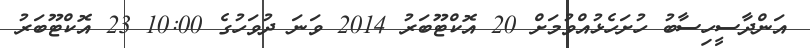
އަންދާސީހިސާބު ހުށަހެޅުއްވުމަށް 20 އޮކްޓޫބަރު 2014 ވަނަ ދުވަހުގެ 10:00 23 އޮކްޓޫބަރު